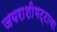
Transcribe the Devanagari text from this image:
जयराशीभट्टाचा